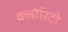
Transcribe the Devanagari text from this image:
क्लोरिटो